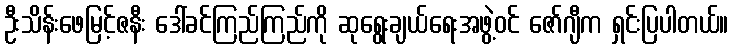
ဦးသိန်းဖေမြင့်ဇနီး ဒေါ်ခင်ကြည်ကြည်ကို ဆုရွေးချယ်ရေးအဖွဲ့ဝင် ဇော်ဂျီက ရှင်းပြပါတယ်။